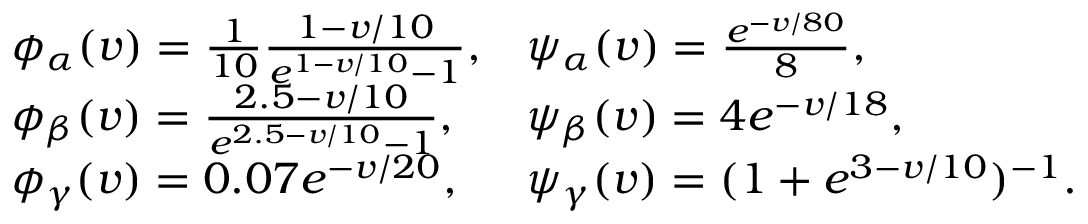
\begin{array} { r } { \begin{array} { l l } { \phi _ { \alpha } ( v ) = \frac { 1 } { 1 0 } \frac { 1 - v / 1 0 } { e ^ { 1 - v / 1 0 } - 1 } , } & { \psi _ { \alpha } ( v ) = \frac { e ^ { - v / 8 0 } } { 8 } , } \\ { \phi _ { \beta } ( v ) = \frac { 2 . 5 - v / 1 0 } { e ^ { 2 . 5 - v / 1 0 } - 1 } , } & { \psi _ { \beta } ( v ) = 4 e ^ { - v / 1 8 } , } \\ { \phi _ { \gamma } ( v ) = 0 . 0 7 e ^ { - v / 2 0 } , } & { \psi _ { \gamma } ( v ) = ( 1 + e ^ { 3 - v / 1 0 } ) ^ { - 1 } . } \end{array} } \end{array}